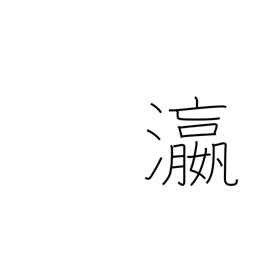
Meaning: ocean